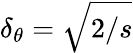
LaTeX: \delta_{\theta}=\sqrt{2/s}